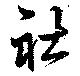
社